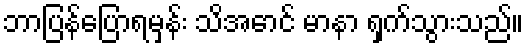
ဘာပြန်ပြောရမှန်း သိအောင် မာနာ ရှက်သွားသည်။